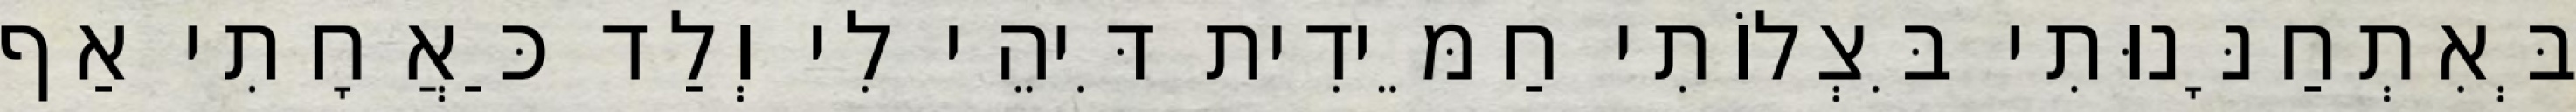
בְּאִתְחַנָּנוּתִי בִּצְלוֹתִי חַמֵּידִית דִּיהֵי לִי וְלַד כַּאֲחָתִי אַף